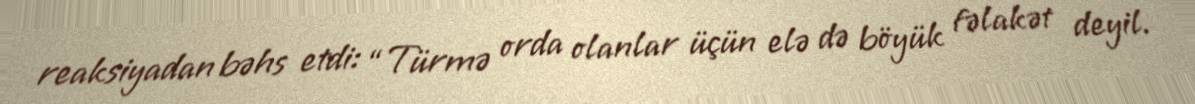
reaksiyadan bəhs etdi: “Türmə orda olanlar üçün elə də böyük fəlakət deyil.